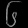
Digit: ၆